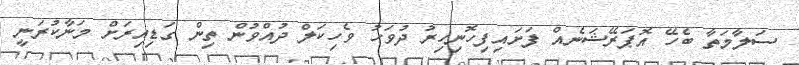
ސަލާމަތާ ބެހޭ އޮޕަރޭޝަނެއް ފަށައިފިހޮނިހިރު ދުވަހު ވެހިކަލް ދުއްވުން ތިން ގަޑިއިރަށް މަނާކުރަނީ